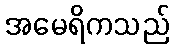
အမေရိကသည်